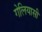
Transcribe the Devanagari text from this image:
गेलियासी